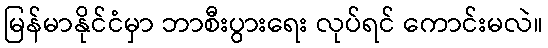
မြန်မာနိုင်ငံမှာ ဘာစီးပွားရေး လုပ်ရင် ကောင်းမလဲ။